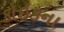
કોઇકના